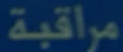
مراقبة